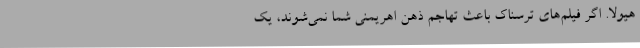
هیولا. اگر فیلم‌های ترسناک باعث تهاجم ذهن اهریمنی شما نمی‌شوند، یک